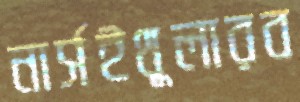
নার্সইথুলারব